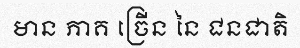
មាន ភាគ ច្រើន នៃ ជនជាតិ